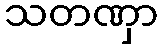
သတဏှာ